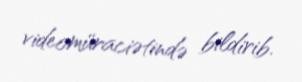
videomüraciətində bildirib.